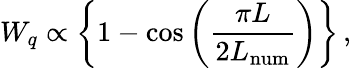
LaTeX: W_{q}\propto\left\{ 1-\cos\left(\frac{\pi L}{2L_{\mathrm{num}}}\right)\right\} \, ,